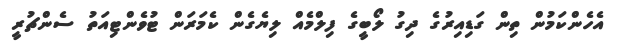
އެހެންކަމުން ތިން ގަޑިއިރުގެ ދިގު ލޯބީގެ ފިލްމެއް ލިޔެގެން ކެމަރަން ޓުވެންޓިއަތު ސެންޗުރީ